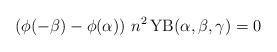
LaTeX: \begin{align*}\left(\phi(-\beta)-\phi(\alpha)\right)\,n^2\,\mathrm{YB}(\alpha, \beta, \gamma)=0\end{align*}